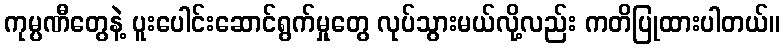
ကုမ္ပဏီတွေနဲ့ ပူးပေါင်းဆောင်ရွက်မှုတွေ လုပ်သွားမယ်လို့လည်း ကတိပြုထားပါတယ်။